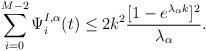
LaTeX: \begin{align*}\sum_{i=0}^{M-2} \Psi_i^{I,\alpha}(t)&\leq 2k^2\frac{[1-e^{\lambda_\alpha k}]^2}{\lambda_\alpha}.\end{align*}